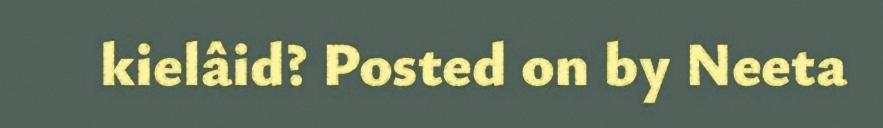
kielâid? Posted on by Neeta